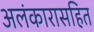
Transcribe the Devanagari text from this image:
अलंकारासहित